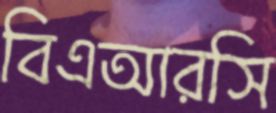
বিএআরসি